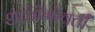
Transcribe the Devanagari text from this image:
शक्तीभोवती